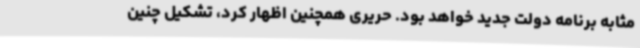
مثابه برنامه دولت جدید خواهد بود. حریری همچنین اظهار کرد، تشکیل چنین